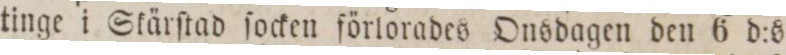
tinge i Skärſtad ſocken förlorades Onsdagen den 6 d:s